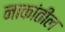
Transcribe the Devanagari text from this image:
नाकांतील